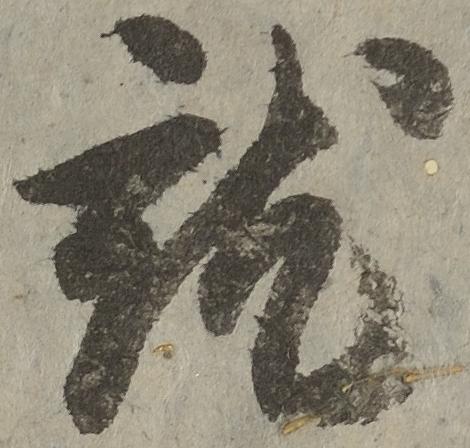
就